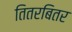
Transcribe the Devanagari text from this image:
तितरबितर